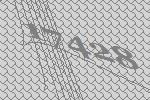
17428